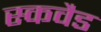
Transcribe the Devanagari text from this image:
स्कवैड